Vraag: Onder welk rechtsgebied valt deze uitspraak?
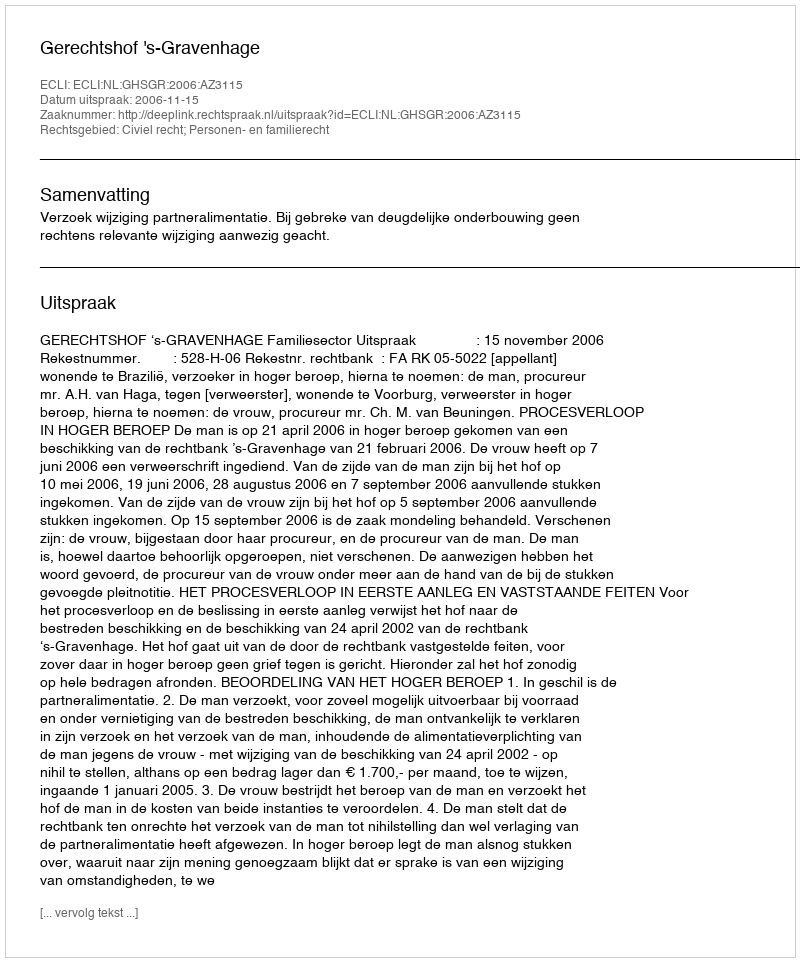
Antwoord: Civiel recht; Personen- en familierecht